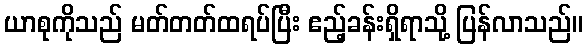
ယာစုကိုသည် မတ်တတ်ထရပ်ပြီး ဧည့်ခန်းရှိရာသို့ ပြန်လာသည်။